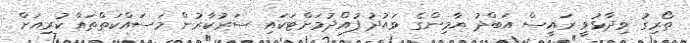
ތޯރިގު ވިދާޅުވީ ރައީސް އަބްދު ޔާމިންގެ ވައުދު ފުއްދުމަށްޓަކައި ސަރުކާރުން މަސައްކަތްތައް ކުރިއަށް